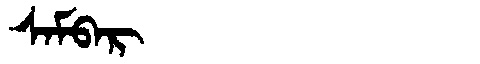
Manchu: ᠰᠠᠮᠪᠠᡵ
Romanization: SAMBAR